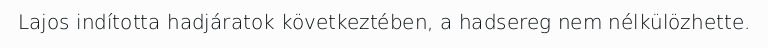
Lajos indította hadjáratok következtében, a hadsereg nem nélkülözhette.